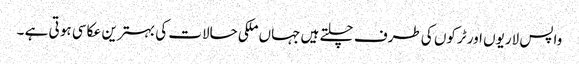
واپس لاریوں اور ٹرکوں کی طرف چلتے ہیں جہاں ملکی حالات کی بہترین عکاسی ہو تی ہے ۔